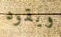
ويقود